Kassari_(Keina)_vallavalitsus, lk 47
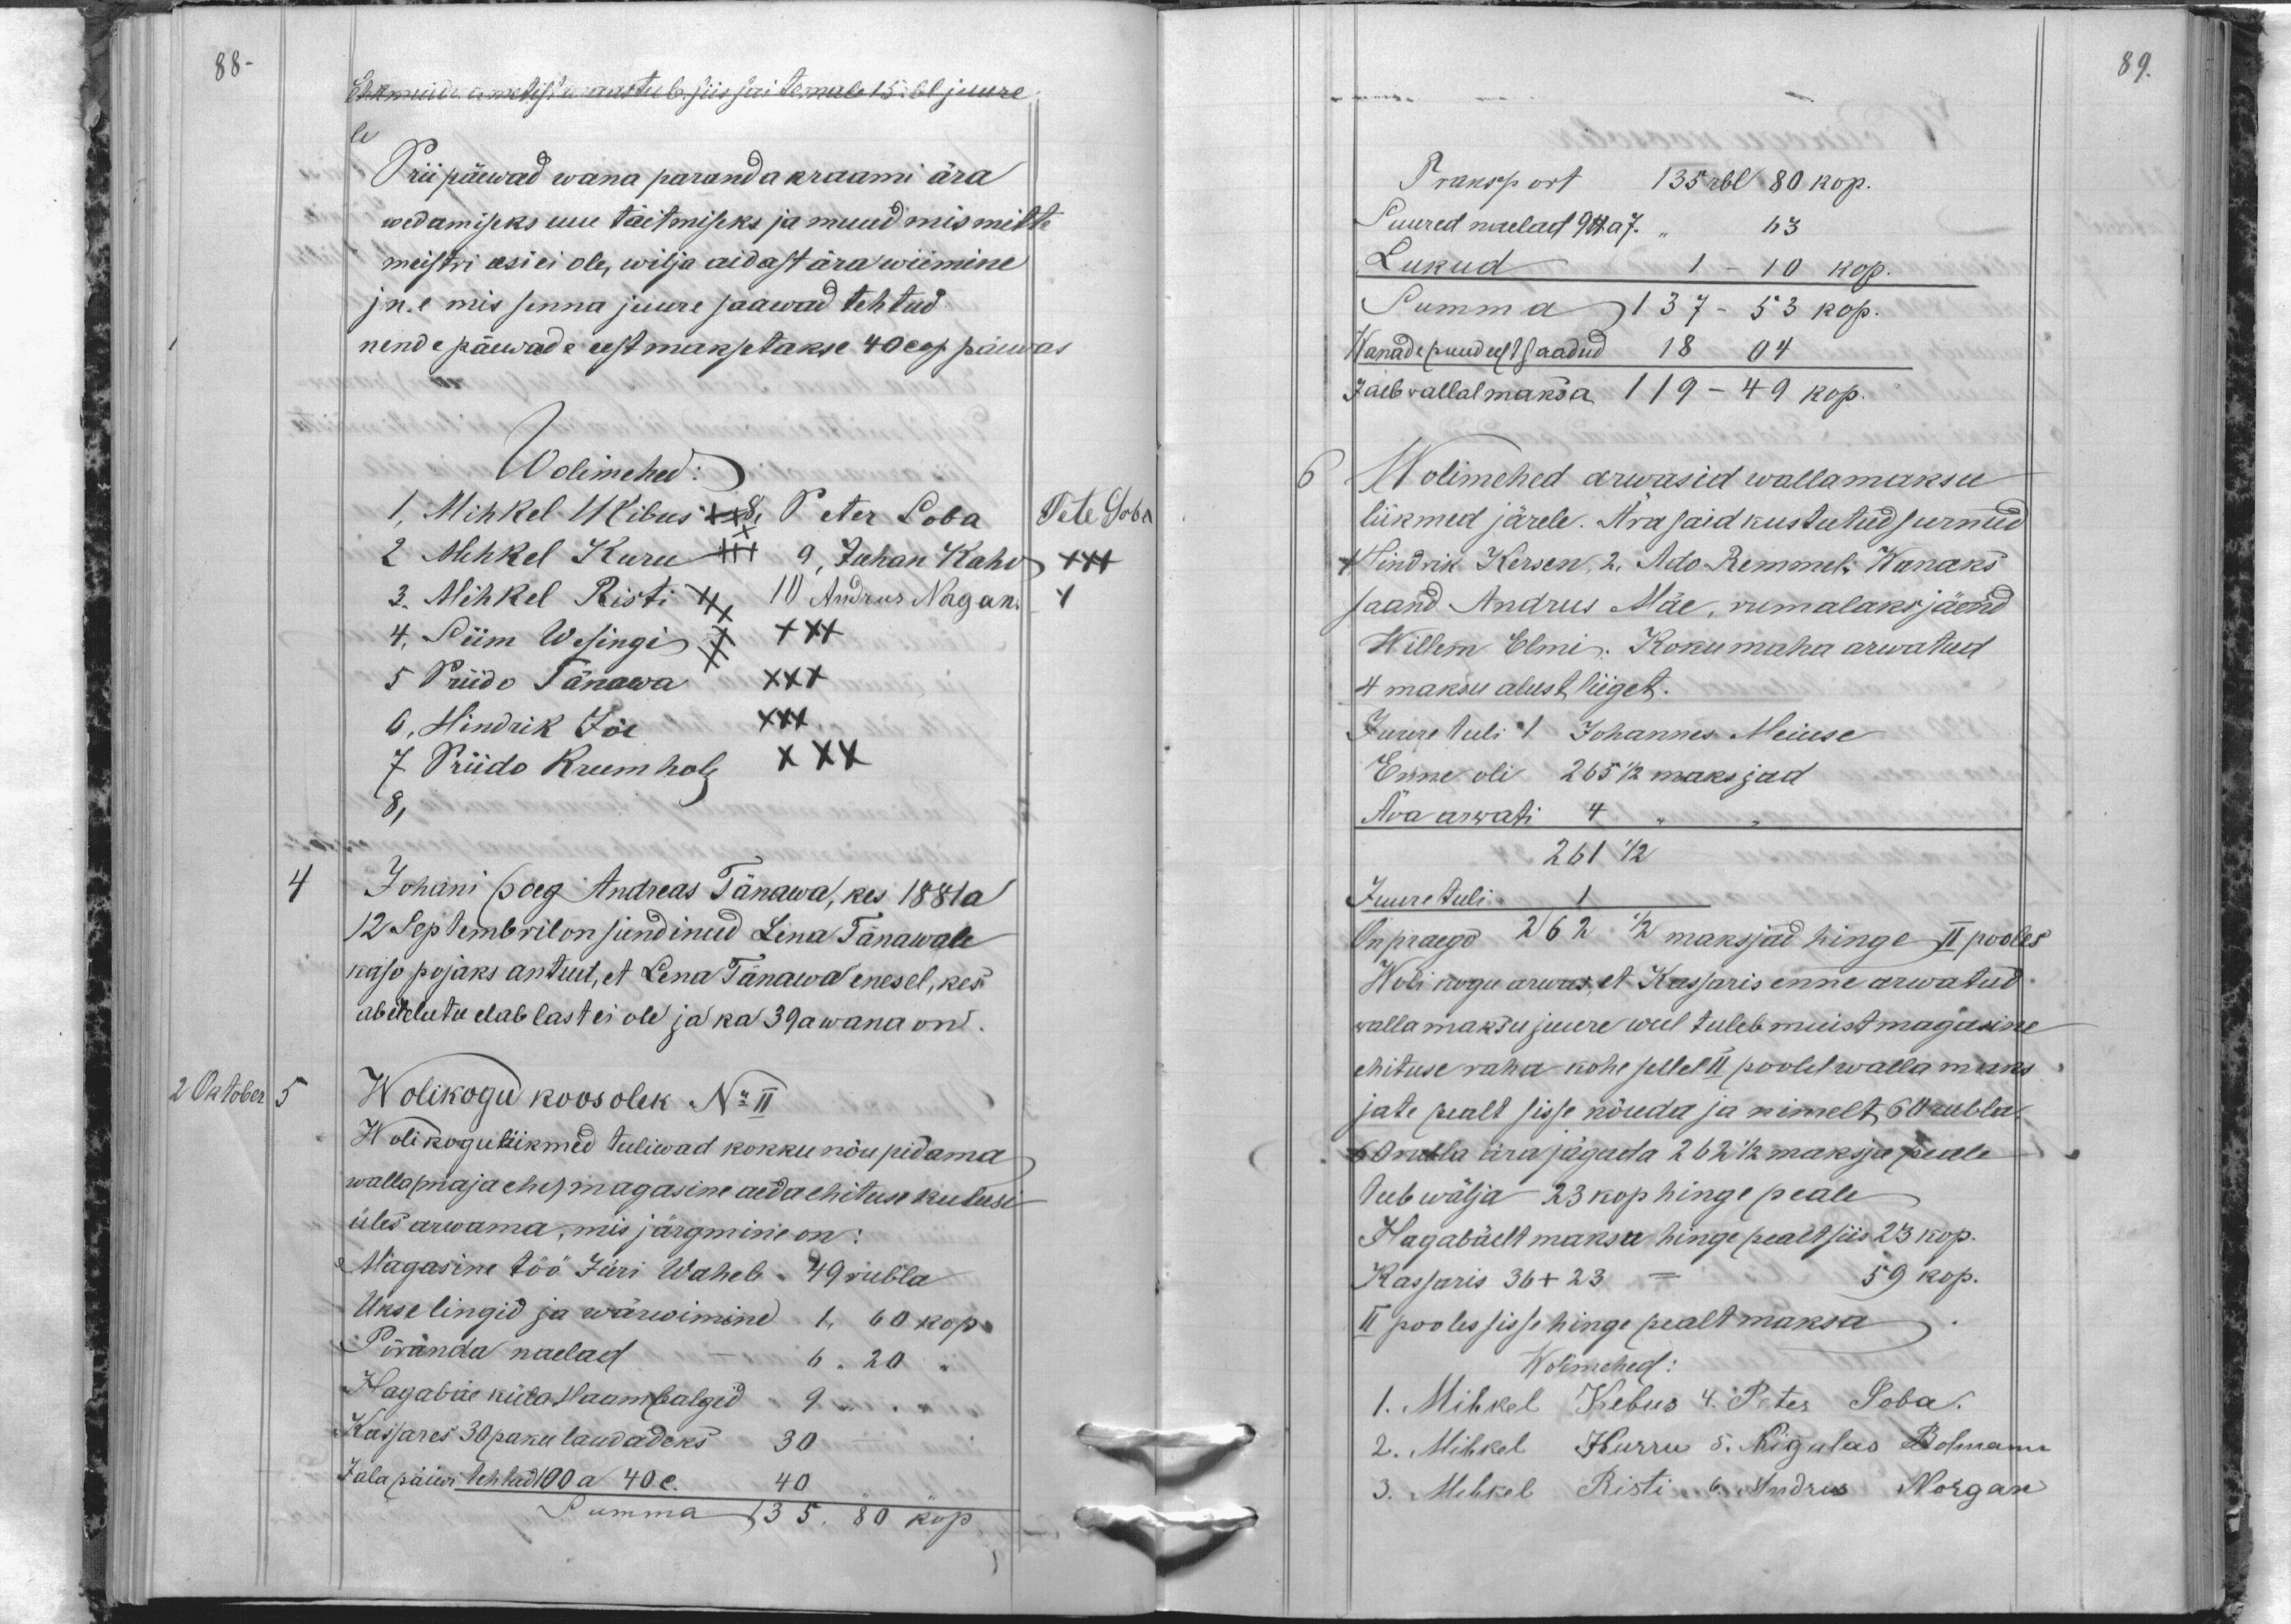
89.

88-
Ehk muidu ametist maastub siis sai temale 15 rbl juure
le
Priipäewad wana paranda kraami ära
wedamiseks uue täitmiseks ja muud mis mitte
meistri asi ei ole, wilja aidast ära wiimine
jne mis senna juure saawad tehtud
nende päewade eest maksetakse 40 cop päewas
Wolimehed:
1, Mihkel Kibus xxx 8. Peeter Soba
Pete Soba
2 Mihkel Kuru +++ 9, Juhan Kaho
XXX
3. Mihkel Risti XXX, 10 Andrus Norgan.
4, Siim Wesingi XXX XXX
5 Priido Tänawa XXX
6, Hindrik Jõe
XXX
7 Priido Krumholz
XXX
8,
4
Johani poeg Andreas Tänawa, kes 1881 a
12 Septembril on sündinud Lena Tänawale
käao pojaks antud, et Lena Tänawa enesel, kes
abieluta elab last ei ole ja ka 39 a wana on.
2 Oktober
5
Wolikogu koosolek No II
Wolikoguliikmed tuliwad kokku nõu pidama
walla (maja ehe) magasine aeda ehituse kulusi
üles arwama, mis järgmine on:
Magasine töö Jüri Wahele - 49 rubla.
Ukse lingid ja wärwimine 1,60 kop.
Põranda naelad - 6.20
Hagabäe küla Haambalgid 9 " "
Kassares 30 paku laudadeks 30
Jalapäiwi tehtud 100 a 40 c.
40
Summa 135. 80 kop.

Transport 135 rbl 80 kop.
Suured naelad 9 lb  a 7
63
Lukud 1 - 10 kop.
Summa 137 - 53 kop.
Wanade puud eest saadud 18 04
Jäeb wallal maksa 119 - 49 kop.
6
Wolimehed arwasid wallamaksu
liikmed järele. Ära said kustutud surnud
1 Hindrik Kersen, 2. Ado Remmel, Wanaks
saand Andrus Mäe, rumalaks jäend
Willem Elmi. Koku maha arwatud
4 maksu alust liiget.
Juure tuli 1 Johannes Meiuse
Enne oli 265 1/2 maksjad.
Ära arwati 4
261 1/2
Juure tuli. 1
On praego 262 1/2 maksjad hinge II pooles
Woli kogu arwas, et Kassaris enne arwatud
wallamaksu juure weel tuleb muist magasine,
ehituse raha kohe sellel II poolel walla maks
jate pealt sisse nõuda ja nimelt 60 rubla
60 rubla ära jagada 262 1/2 maksja peale
teeb wälja 23 kop hinge peale.
Hagabäelt maksu hinge pealt siis 23 kop.
Kassaris 36 + 23 = 59 kop.
II pooles sisse hinge pealt maksa
Wolimehed:
1. Mihkel Kebus 4. Peter Soba.
2. Mihkel Kurru 5. Nigulas Bolmann
3. Mihkel Risti 6. Andrus Norgan